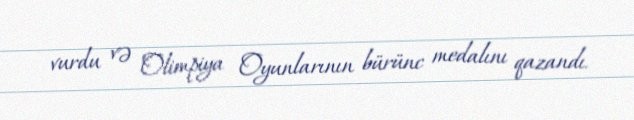
vurdu və Olimpiya Oyunlarının bürünc medalını qazandı.